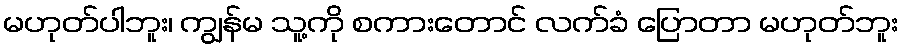
မဟုတ်ပါဘူး၊ ကျွန်မ သူ့ကို စကားတောင် လက်ခံ ပြောတာ မဟုတ်ဘူး